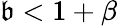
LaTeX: \mathfrak{b}<1+\beta